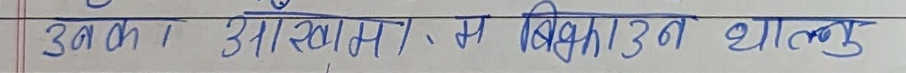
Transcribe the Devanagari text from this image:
उनका आखामा छ बिझाउन थाल्नु